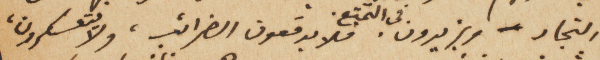
التجار – ويزيدون في التمتع. فلا يدفعون الضرائب، ولا يتعسكرون،